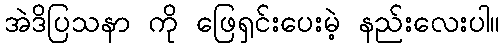
အဲဒိပြသနာ ကို ဖြေရှင်းပေးမဲ့ နည်းလေးပါ။